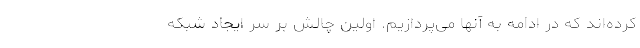
کرده‌اند که در ادامه به آنها می‌پردازیم. اولین چالش بر سر ایجاد شبکه